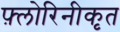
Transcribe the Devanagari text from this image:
फ़्लोरिनीकृत